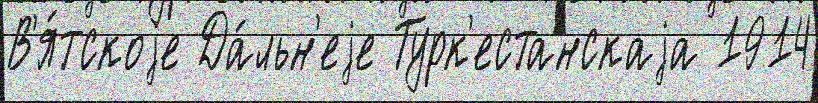
В'я́тскоjе Да́льн'еjе Турк'естанскаjа 1914